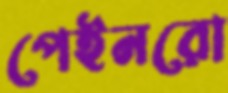
পেইনরো